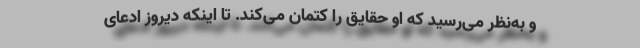
و به‌نظر می‌رسید که او حقایق را کتمان می‌کند. تا اینکه دیروز ادعای